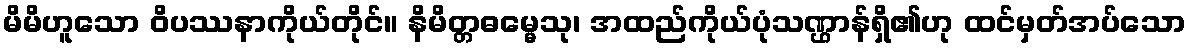
မိမိဟူသော ဝိပဿနာကိုယ်တိုင်။ နိမိတ္တဓမ္မေသု၊ အထည်ကိုယ်ပုံသဏ္ဌာန်ရှိ၏ဟု ထင်မှတ်အပ်သော